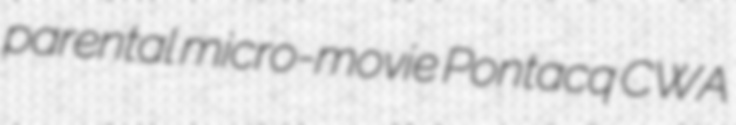
parental micro-movie Pontacq CWA